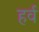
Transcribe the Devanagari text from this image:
हर्व